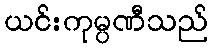
ယင်းကုမ္ပဏီသည်